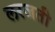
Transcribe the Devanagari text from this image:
लरजती